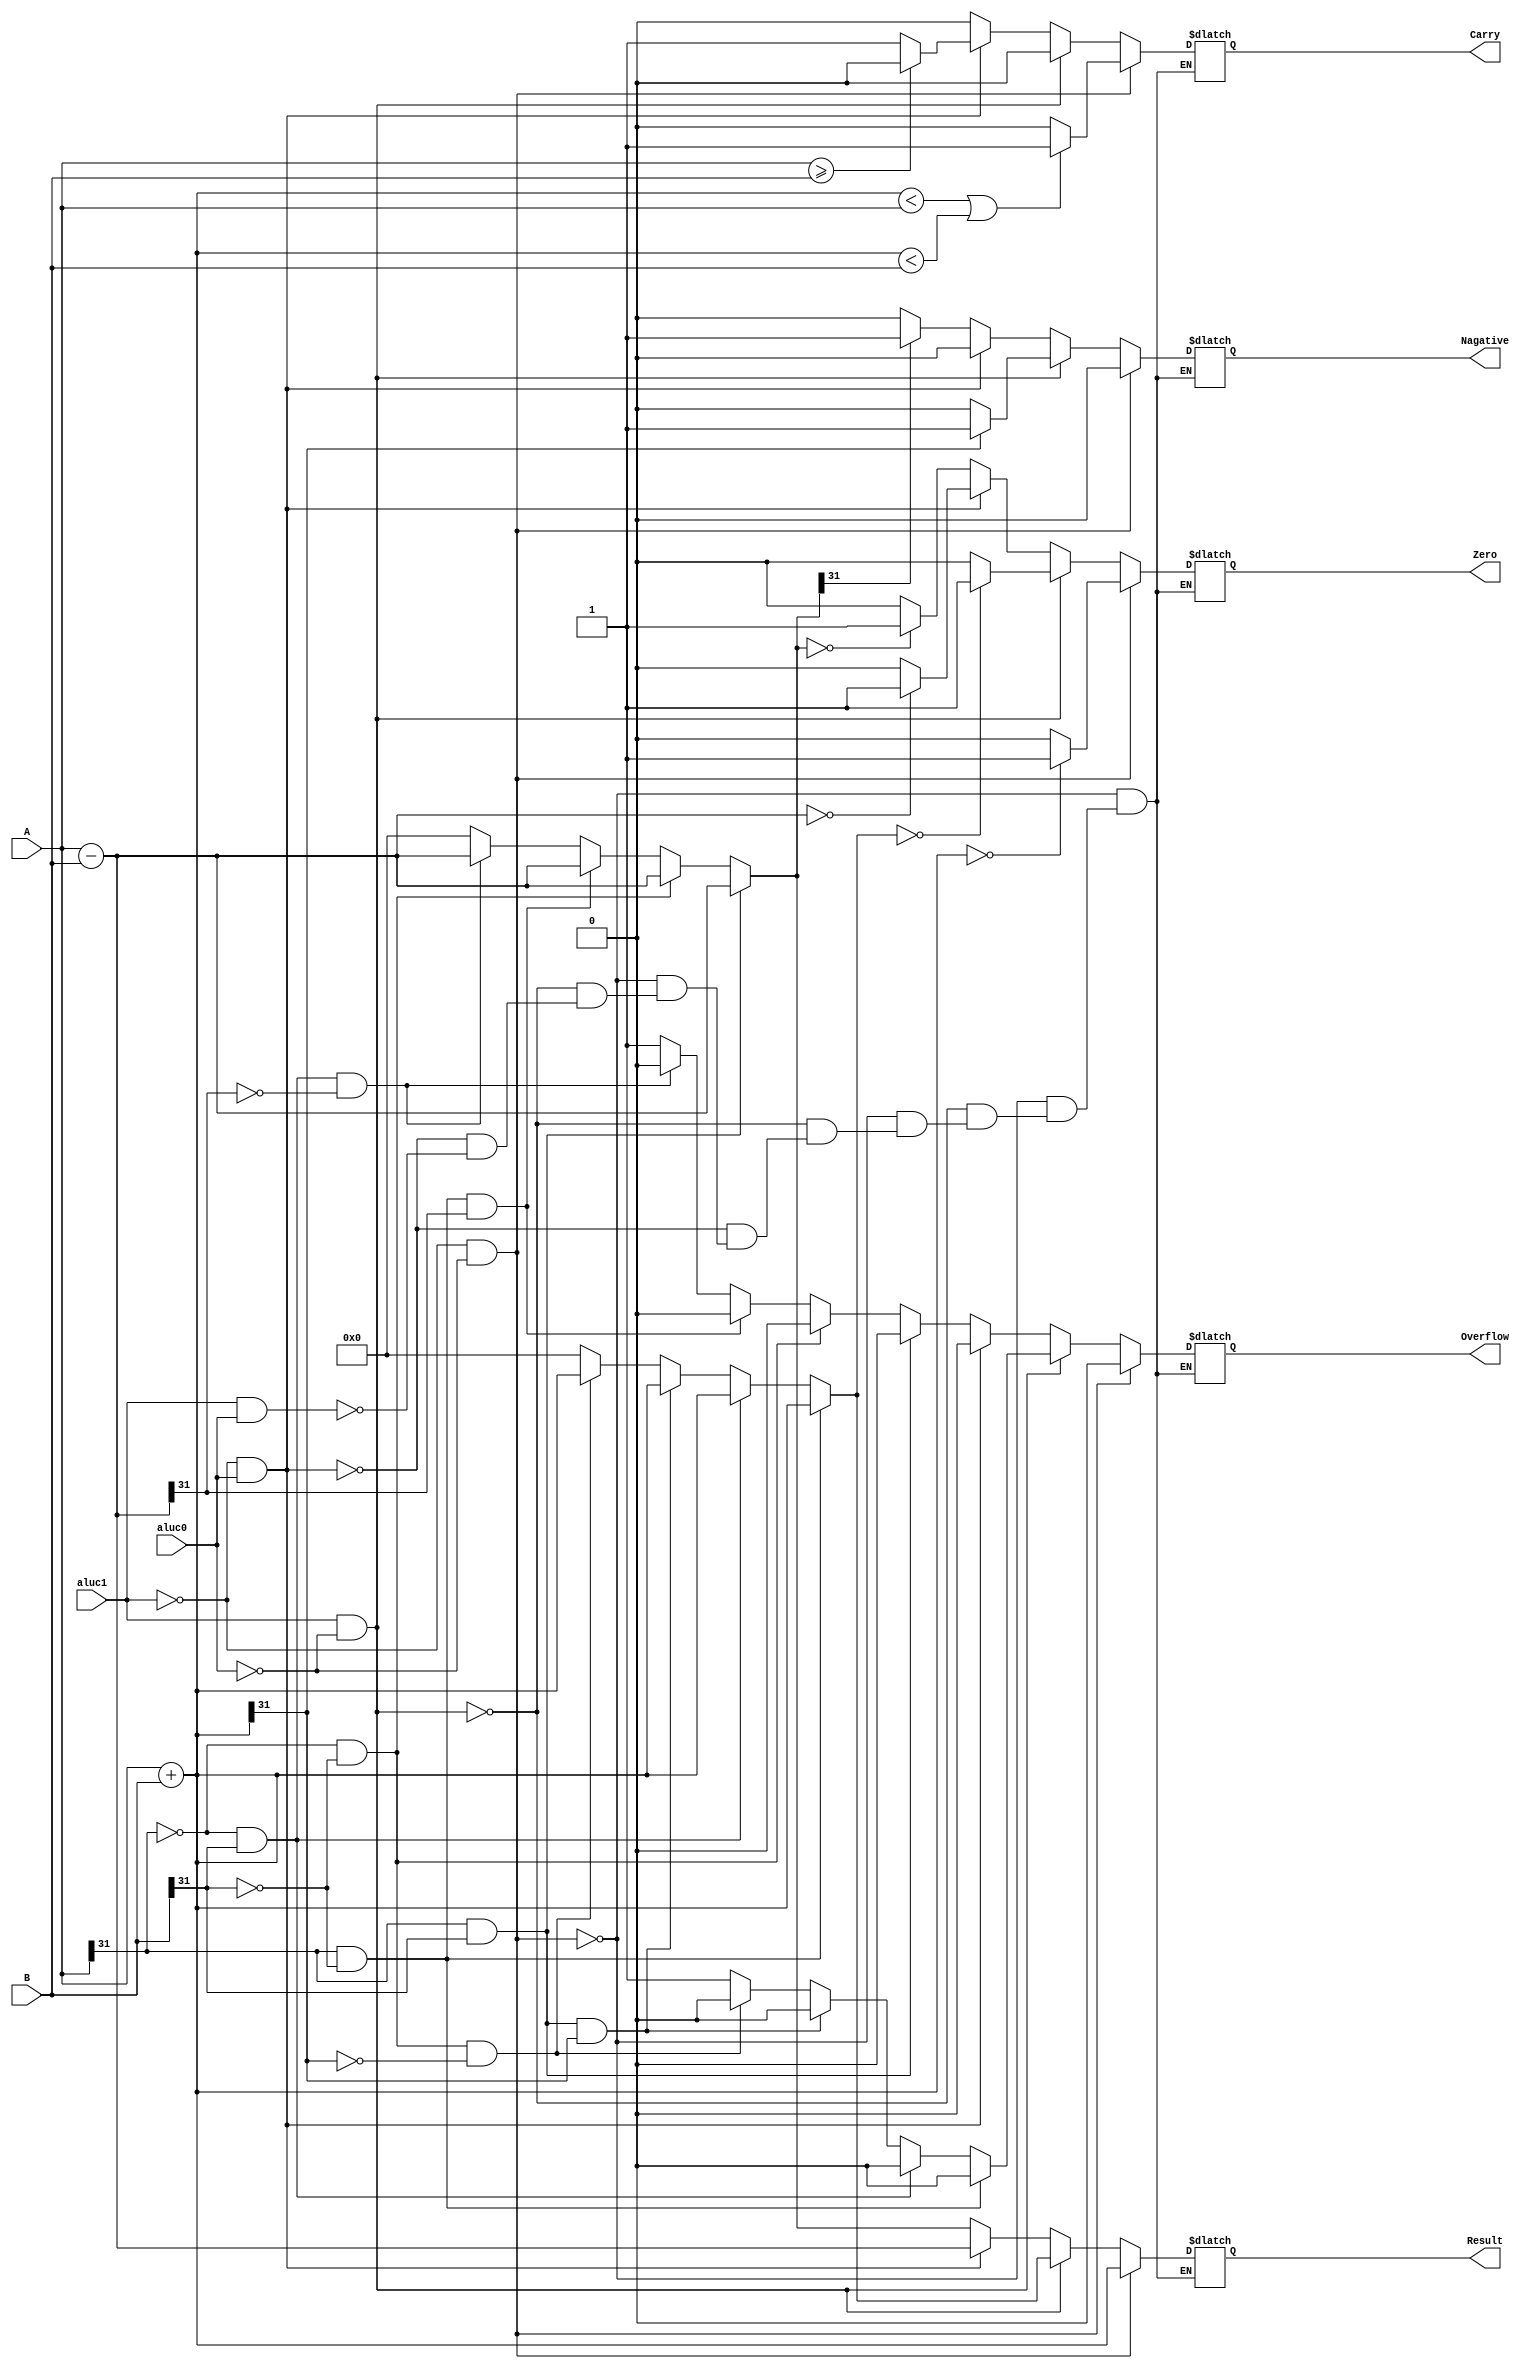
module addsub32(
input [31:0] A,
input [31:0] B,
input aluc1,
input aluc0,
output [31:0]Result,
output Zero,
output Carry,
output Nagative,
output Overflow
);

reg [31:0]Result_temp;
reg Zero_temp;
reg Carry_temp;
reg Nagative_temp;
reg Overflow_temp;

assign Result   = Result_temp;
assign Zero     = Zero_temp;
assign Carry    = Carry_temp;
assign Overflow = Overflow_temp;
assign Nagative = Nagative_temp;

always @* begin
    if( aluc1 == 0 && aluc0 == 0 )begin//unsigned
        Result_temp = A + B;
        if( Result_temp == 0 )
            Zero_temp = 1;
        else
            Zero_temp = 0;
        if ( Result_temp < A || Result_temp < B ) Carry_temp = 1;
        else Carry_temp = 0;                 
        Nagative_temp = 0;
        Overflow_temp = 0;
     end
     else if( aluc1 == 1 && aluc0 == 0 )begin//signed
        Result_temp = A + B;
        
        if( Result_temp[31] == 1 )
            Nagative_temp = 1;
         else if( Result_temp[31] == 0 )
            Nagative_temp = 0;
         Carry_temp=0;
         if ( A[31] & ~B[31]) Overflow_temp = 0; //A < 0, B >= 0, overflow = 0
         else if ( ~A[31] & B[31] )  Overflow_temp = 0; // A >= 0, B < 0, overflow = 0
         else if ( A[31] & B[31] & Result_temp[31] ) Overflow_temp = 0; // A < 0, B < 0, C < 0, overflow = 0
         else if ( ~A[31] & ~B[31] & ~Result_temp[31]) Overflow_temp = 0; // A >= 0, B >= 0, C >= 0, overflow = 0
         else begin
                Overflow_temp = 1;
                Result_temp = 0;
                end
        if( Result_temp == 0 )
            Zero_temp = 1;
        else 
            Zero_temp = 0;
     end
     else if( aluc1 == 0 && aluc0 == 1 )begin//unsigned
        Result_temp = A - B;
        if( Result_temp == 0 )
            Zero_temp = 1;
         else 
            Zero_temp = 0;
        if( A >= B )
            Carry_temp = 0;
        else
            Carry_temp = 1;
        Nagative_temp = 0;
        Overflow_temp = 0;
     end
     else if( aluc1 == 1 && aluc0 == 1 )begin//signed
        Result_temp = A - B;      
        Carry_temp = 0;
        if ( A[31] & B[31]) Overflow_temp = 0; //A < 0, B < 0, overflow = 0
        else if ( ~A[31] & ~B[31] )  Overflow_temp= 0; //A >= 0, B >= 0, overflow = 0
        else if ( A[31] & ~B[31] & Result_temp[31] ) Overflow_temp = 0; //A < 0, B >= 0, R < 0, overflow = 0
        else if ( ~A[31] & B[31] & ~Result_temp[31] )  Overflow_temp = 0; //A >= 0, B < 0, R > 0, overflow = 0
        else begin
            Overflow_temp = 1;
            Result_temp = 0;
        end
        if( Result_temp == 0 )
           Zero_temp = 1;
        else 
           Zero_temp = 0;
        if( Result_temp[31] == 1 )
           Nagative_temp = 1;
        else if( Result_temp[31] == 0 )
           Nagative_temp = 0; 
     end
end
endmodule